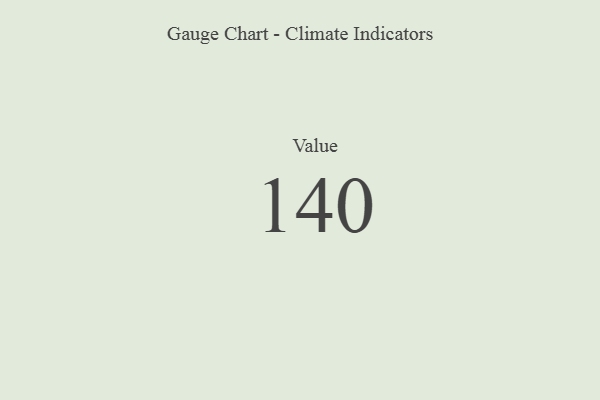
{"axis": {"x": "Metric", "y": "Value"}, "legend": [""], "data": [{"x": "Value", "y": 140, "type": ""}]}